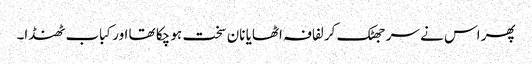
پھر اس نے سر جھٹک کر لفافہ اٹھایا نان سخت ہو چکا تھا اور کباب ٹھنڈا۔